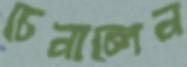
চেনালেন